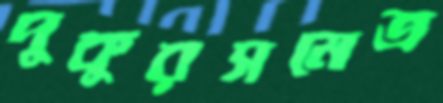
পুকুরসমেত